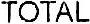
TOTAL